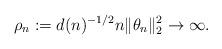
LaTeX: \begin{align*}\rho_n := d(n)^{-1/2} n \|\theta_n\|_2^2 \to \infty.\end{align*}